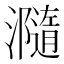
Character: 瀡